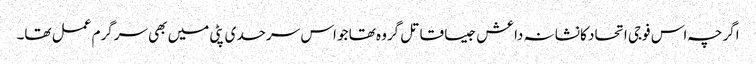
اگرچہ اس فوجی اتحاد کا نشانہ داعش جیسا قاتل گروہ تھا جو اس سرحدی پٹی میں بھی سرگرم عمل تھا۔